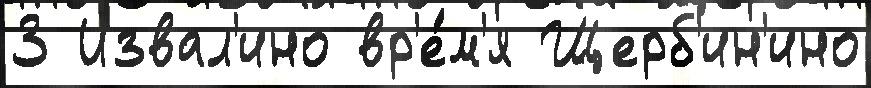
3 Извал'ино вр'е́м'я Щерб'ин'ино